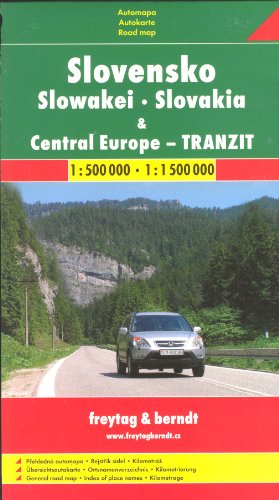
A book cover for Slovakia 1:500,000 & Central Europe 1:1,500,000 FREYTAG, 2012 edition; Shocart; Travel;